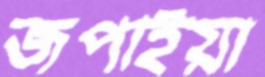
জপাইয়া